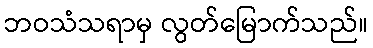
ဘဝသံသရာမှ လွတ်မြောက်သည်။